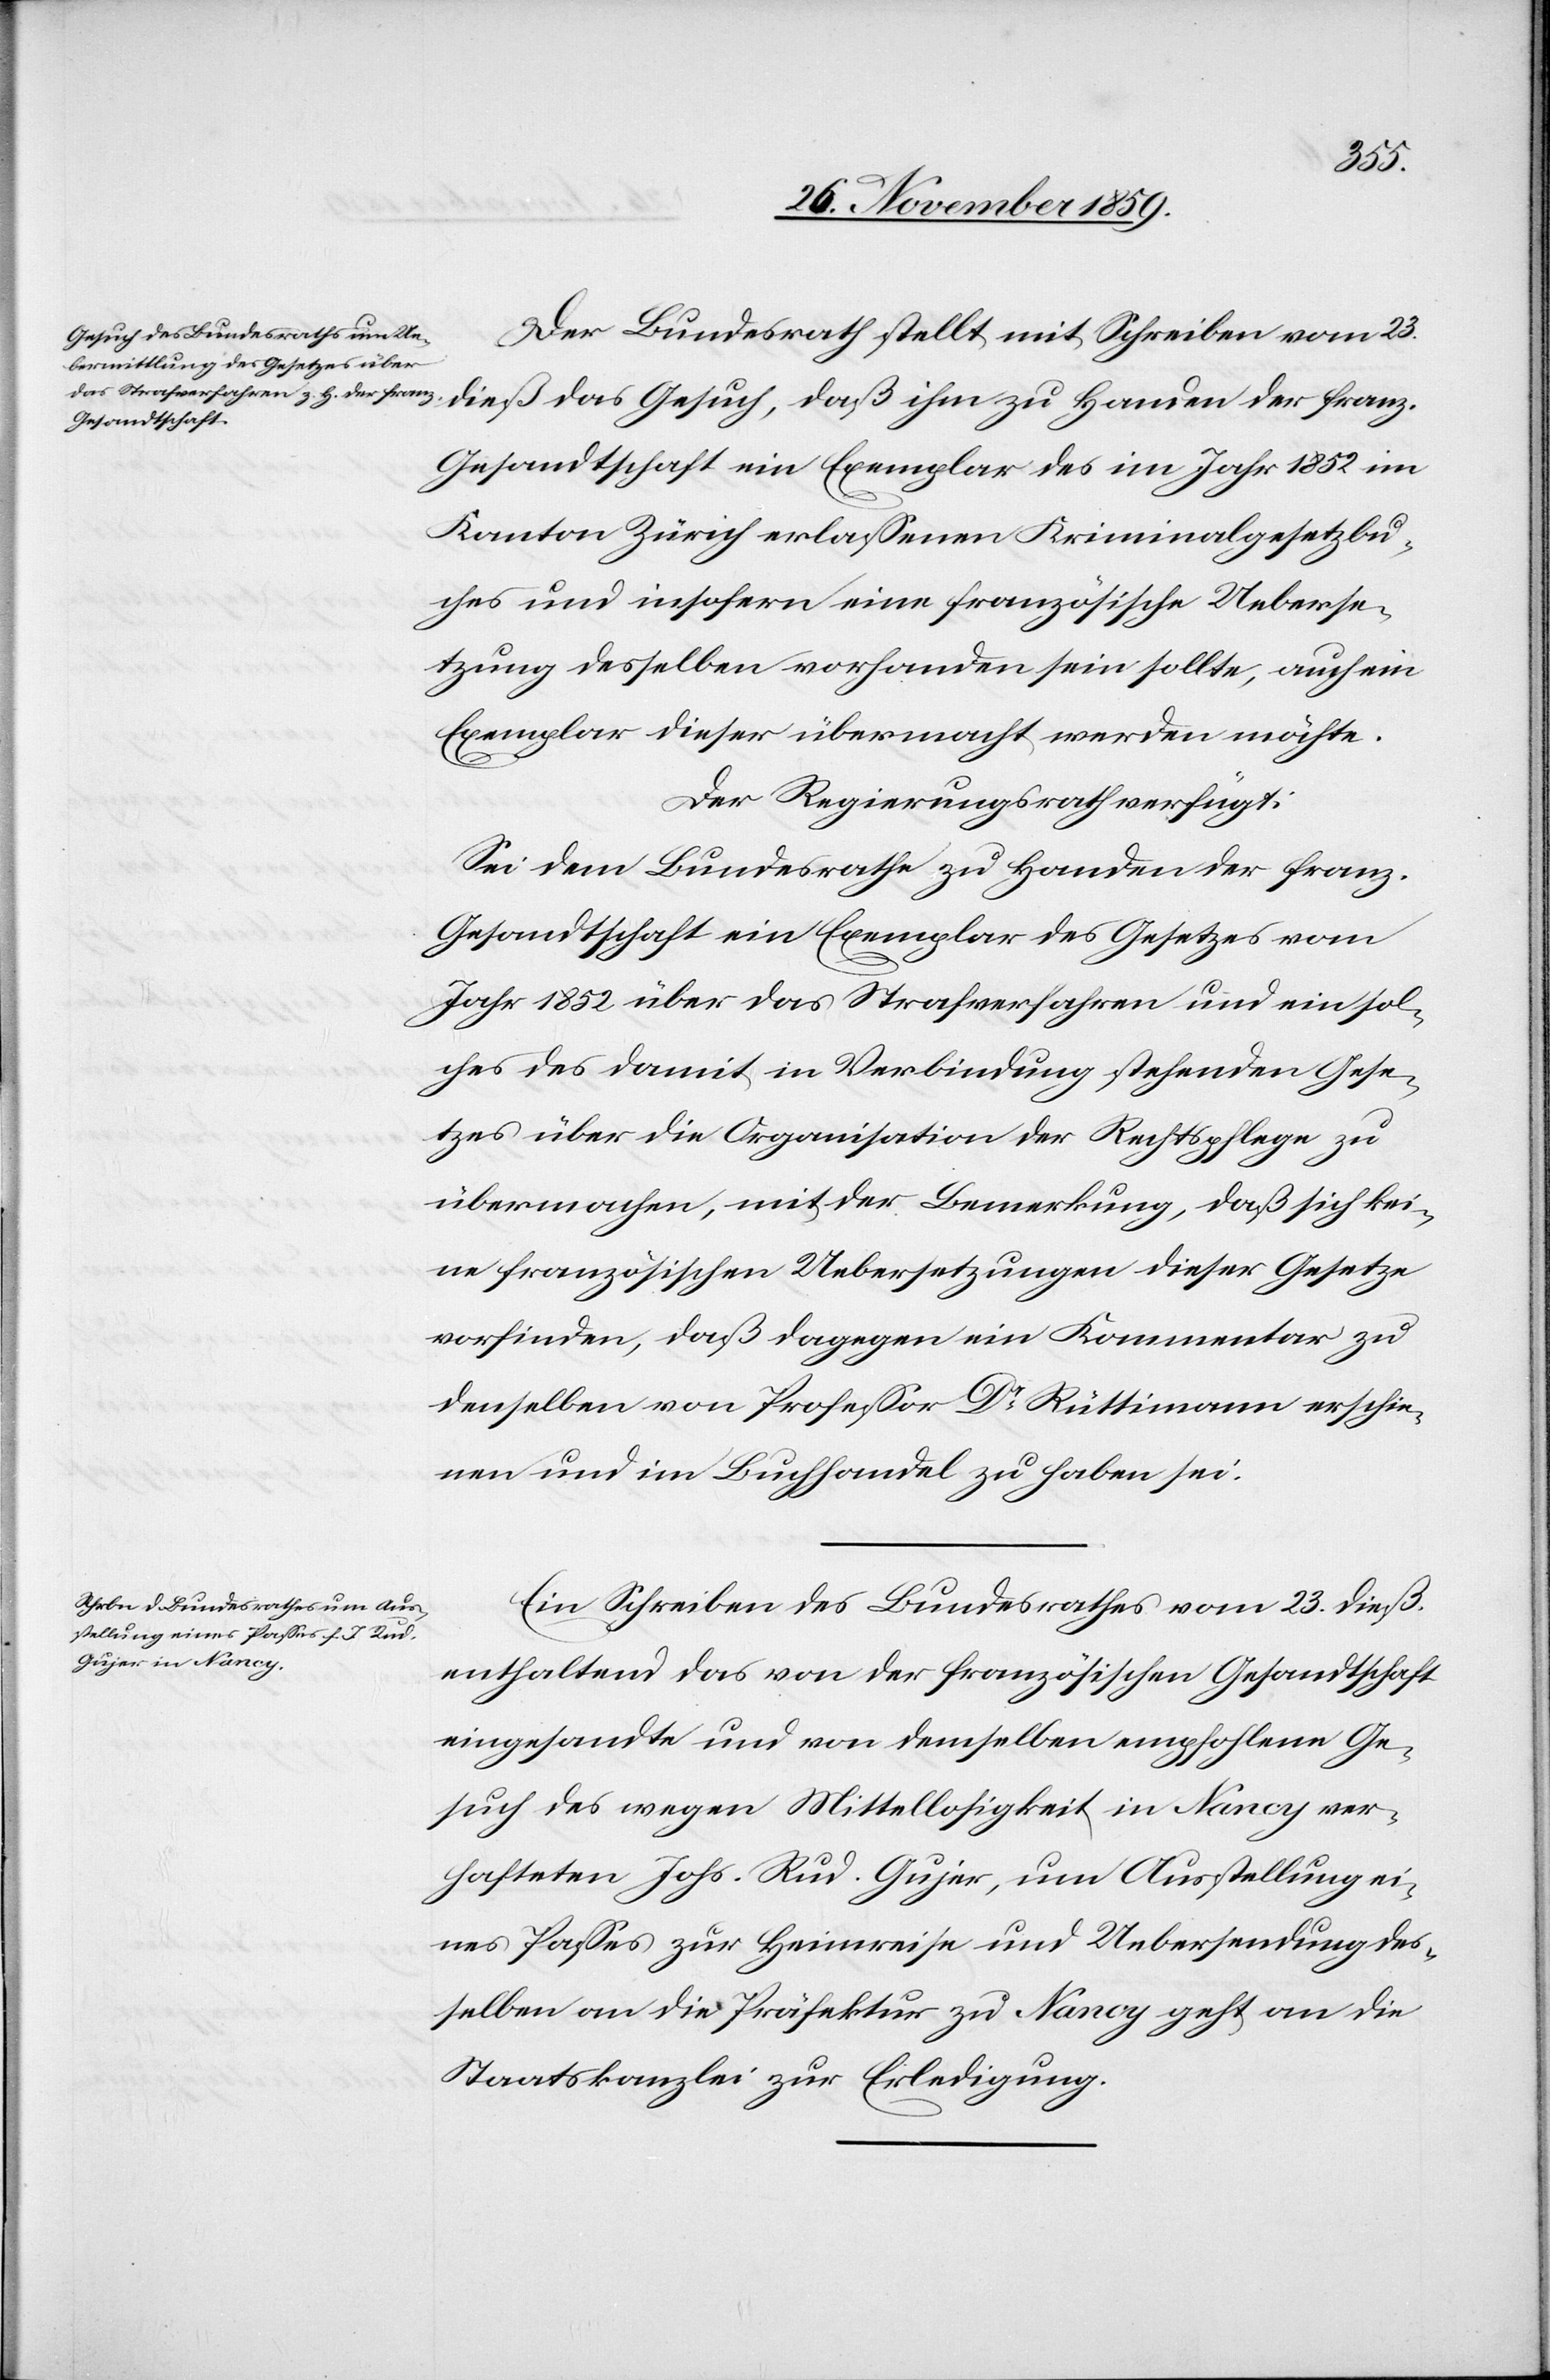
Der Bundesrath stellt mit Schreiben vom 23.
dieß das Gesuch, daß ihm zu Handen der franz.
Gesandtschaft ein Exemplar des im Jahr 1852 im
Kanton Zürich erlassenen Kriminalgesetzbu¬
ches und insofern eine französische Ueberse¬
tzung desselben vorhanden sein sollte, auch ein
Exemplar dieser übermacht werden möchte.
Der Regierungsrath verfügt:
Sei dem Bundesrathe zu Handen der franz.
Gesandtschaft ein Exemplar des Gesetzes vom
Jahr 1852 über das Strafverfahren und ein sol¬
ches des damit in Verbindung stehenden Gese¬
tzes über die Organisation der Rechtspflege zu
übermachen, mit der Bemerkung, daß sich kei¬
ne französischen Uebersetzungen dieser Gesetze
vorfinden, daß dagegen ein Kommentar zu
demselben von Professor Dr Rüttimann erschie¬
nen und im Buchhandel zu haben sei.
Ein Schreiben des Bundesrathes vom 23. dieß
enthaltend das von der französischen Gesandtschaft
eingesandte und von demselben empfohlene Ge¬
such des wegen Mittellosigkeit in Nancy ver¬
hafteten Johs. Rud. Gujer, um Ausstellung ei¬
nes Passes zur Heimreise und Uebersendung des¬
selben an die Präfektur zu Nancy geht an die
Staatskanzlei zur Erledigung.